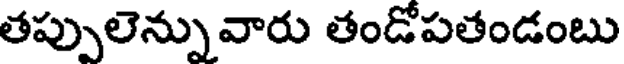
తప్పులెన్నువారు తండోపతండంబు